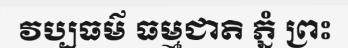
វប្បធម៌ ធម្មជាតិ ភ្នំ ព្រះ